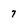
Character: 7